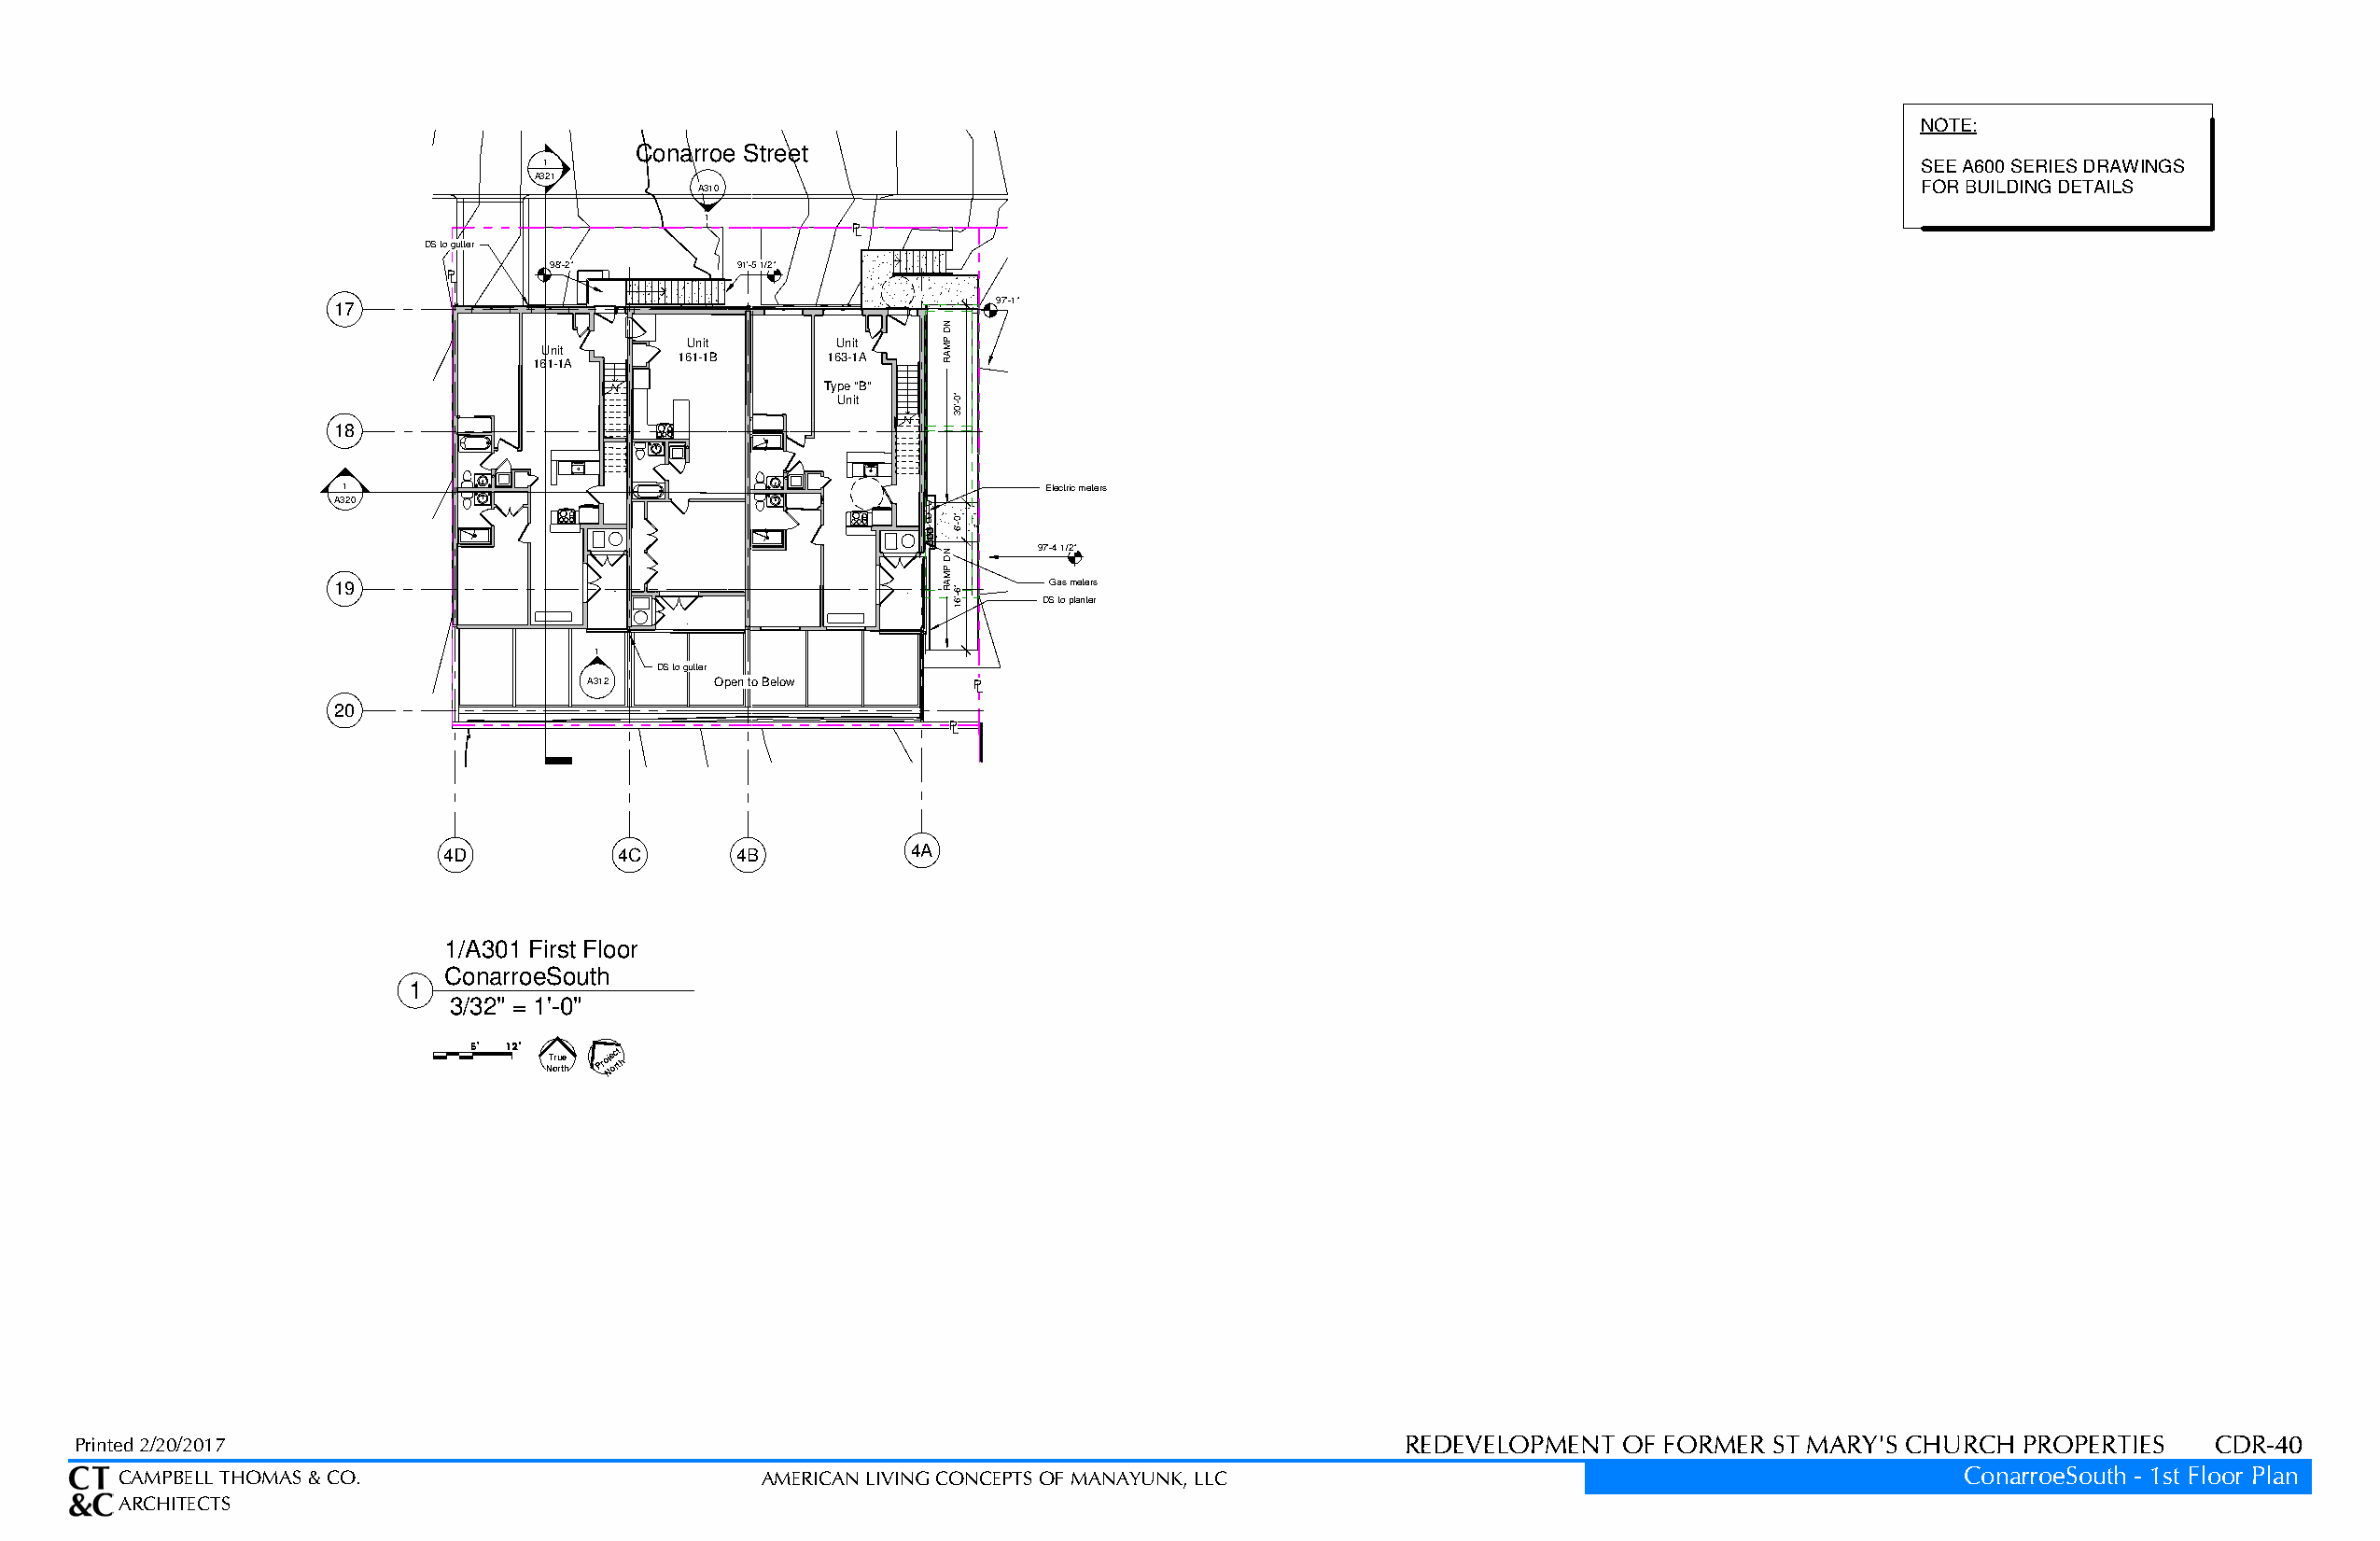
NOTE:
 Conarroe Street
 1                                                                                                SEE A600 SERIES DRAWINGS
 A321
 A310                                                                                  FOR BUILDING DETAILS
 1
 PL
 DS to gutter
 98'-2"       9911''--55 11//22""
 PL
 17                                             97'-1"
 Unit      Unit
 Unit
 161-1B     163-1A
 161-1A
 Type "B"
 Unit     '-" 300
 18
 1                                                 Electric meters
 A320
 '-"0
 6
 97'-4 1/2"
 19                                          '-" 166 DSG a tos pm lae nte ters
 r
 1
 DS to gutter
 A312     Open to Below     PL
 20
 PL
 4D           4C      4B           4A
 1/A301 First Floor
 ConarroeSouth
 1
 3/32" = 1'-0"
 0000 6666'''' 11112222'''' NT oru rte
 h
 Proj Ne oc rt th
 Printed 2/20/2017                                                                              REDEVELOPMENT  OF FORMER  ST MARY'S CHURCH  PROPERTIES   CDR-40
 CAMPBELL THOMAS & CO.                         AMERICAN LIVING CONCEPTS OF MANAYUNK, LLC                                            ConarroeSouth - 1st Floor Plan
 ARCHITECTS
 ND
 PMAR
 ND
 PMAR